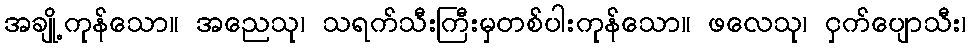
အချို့ကုန်သော။ အညေသု၊ သရက်သီးကြီးမှတစ်ပါးကုန်သော။ ဖလေသု၊ ငှက်ပျောသီး၊